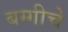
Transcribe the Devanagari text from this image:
बग्गीचे